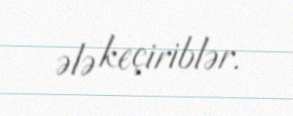
ələ keçiriblər.